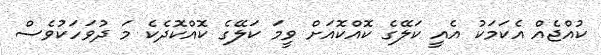
ކުއްޖެއް އެކަމަކު އެއީ ކަލޭގެ ކޮއްކޮއަށް ވީމަ ކަލޭގެ ކޮއްކޮދެކެ މަ ދުވަހަކުވެސް